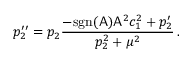
p _ { 2 } ^ { \prime \prime } = p _ { 2 } \frac { - \mathrm { s g n } ( \mathsf { A } ) \mathsf { A } ^ { 2 } c _ { 1 } ^ { 2 } + p _ { 2 } ^ { \prime } } { p _ { 2 } ^ { 2 } + \mu ^ { 2 } } \, .